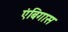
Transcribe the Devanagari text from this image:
एंबिगास